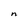
Character: n